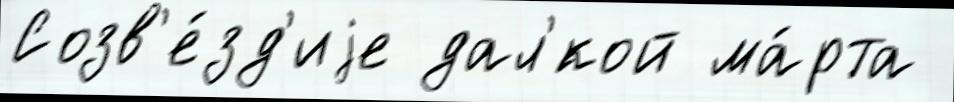
Созв'е́зд'иjе дал'́кой ма́рта